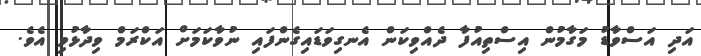
އަދި އަސްވާޑު މަގާމުން އިސްތިއުފާ ދެއްވިކަން އެނގިވަޑައިގެންފައި ނުވާކަމަށް އަކްރަމް ވިދާޅުވި އެވެ.